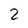
Character: 2